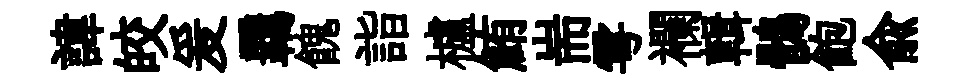
諱皎爰覊餽詣櫨鮪耑雩襴輯鶻飽兪